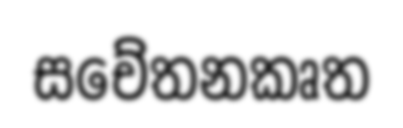
සචේතනකෘත